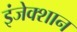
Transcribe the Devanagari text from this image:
इंजेक्शान